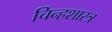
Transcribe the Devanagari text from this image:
चिन्हशास्त्र